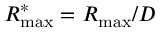
R _ { \operatorname* { m a x } } ^ { * } = { { R } _ { \operatorname* { m a x } } } / D